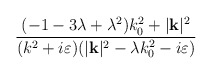
\begin{align*}\frac{(-1-3\lambda +\lambda ^{2})k_{0}^{2}+|\mathbf{k}|^{2}}{(k^{2}+i\varepsilon )(|\mathbf{k}|^{2}-\lambda k_{0}^{2}-i\varepsilon )}\end{align*}